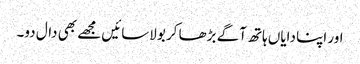
اور اپنا دایاں ہاتھ آگے بڑھا کر بولاسائیں مجھے بھی دال دو۔